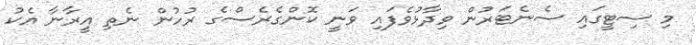
މި ސިޓީގައި ސެނެޓަރުން ވިދާޅުވެފައި ވަނީ ކޮންގެރެސްގެ ރުހުން ނެތި އީރާނާ އެކު